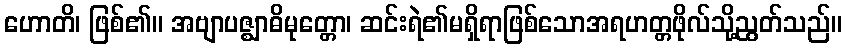
ဟောတိ၊ ဖြစ်၏။ အဗျာပဇ္ဈာဓိမုတ္တော၊ ဆင်းရဲ၏မရှိရာဖြစ်သောအရဟတ္တဖိုလ်သို့ညွတ်သည်။